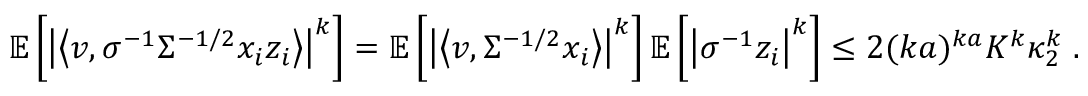
\begin{array} { r } { \mathbb { E } \left[ \left| \left\langle v , \sigma ^ { - 1 } \Sigma ^ { - 1 / 2 } x _ { i } z _ { i } \right\rangle \right| ^ { k } \right] = \mathbb { E } \left[ \left| \left\langle v , \Sigma ^ { - 1 / 2 } x _ { i } \right\rangle \right| ^ { k } \right] \mathbb { E } \left[ \left| \sigma ^ { - 1 } z _ { i } \right| ^ { k } \right] \leq 2 ( k a ) ^ { k a } K ^ { k } \kappa _ { 2 } ^ { k } \; . } \end{array}